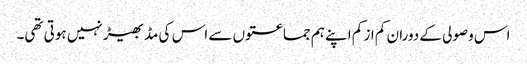
اس وصولی کے دوران کم از کم اپنے ہم جماعتوں سے اس کی مڈبھیڑ نہیں ہوتی تھی۔